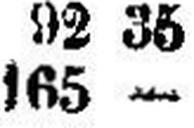
165 —